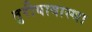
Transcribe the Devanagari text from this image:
तुरीयावास्था